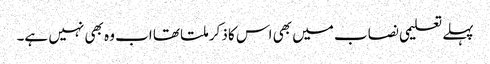
پہلے تعلیمی نصاب میں بھی اس کا ذکر ملتا تھا اب وہ بھی نہیں ہے۔